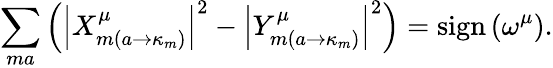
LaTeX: \sum_{ma}\left(\left\vert X_{m\left(a\rightarrow\kappa_{m}\right)}^{\mu}\right\vert^{2}-\left\vert Y_{m\left(a\rightarrow\kappa_{m}\right)}^{\mu}\right\vert^{2}\right)=\mathrm{sign}\left(\omega^{\mu}\right).